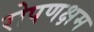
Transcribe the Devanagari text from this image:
रोपणक्षम